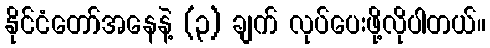
နိုင်ငံတော်အနေနဲ့ (၃) ချက် လုပ်ပေးဖို့လိုပါတယ်။